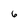
Character: 6